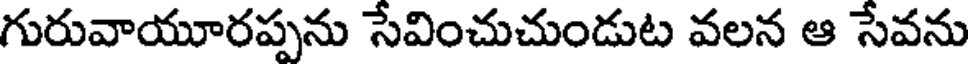
గురువాయూరప్పను సేవించుచుండుట వలన ఆ సేవను